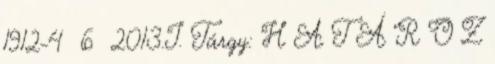
1912-4 6 2013.I. Tárgy: H A T Á R O Z